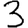
Digit: 3